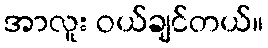
အာလူး ဝယ်ချင်တယ်။